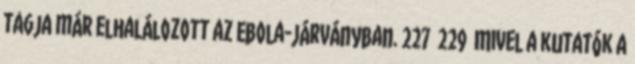
tagja már elhalálozott az Ebola-járványban. 227 229 Mivel a kutatók a